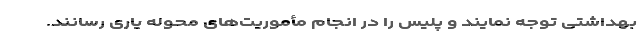
بهداشتی توجه نمایند و پلیس را در انجام مأموریت‌های محوله یاری رسانند.